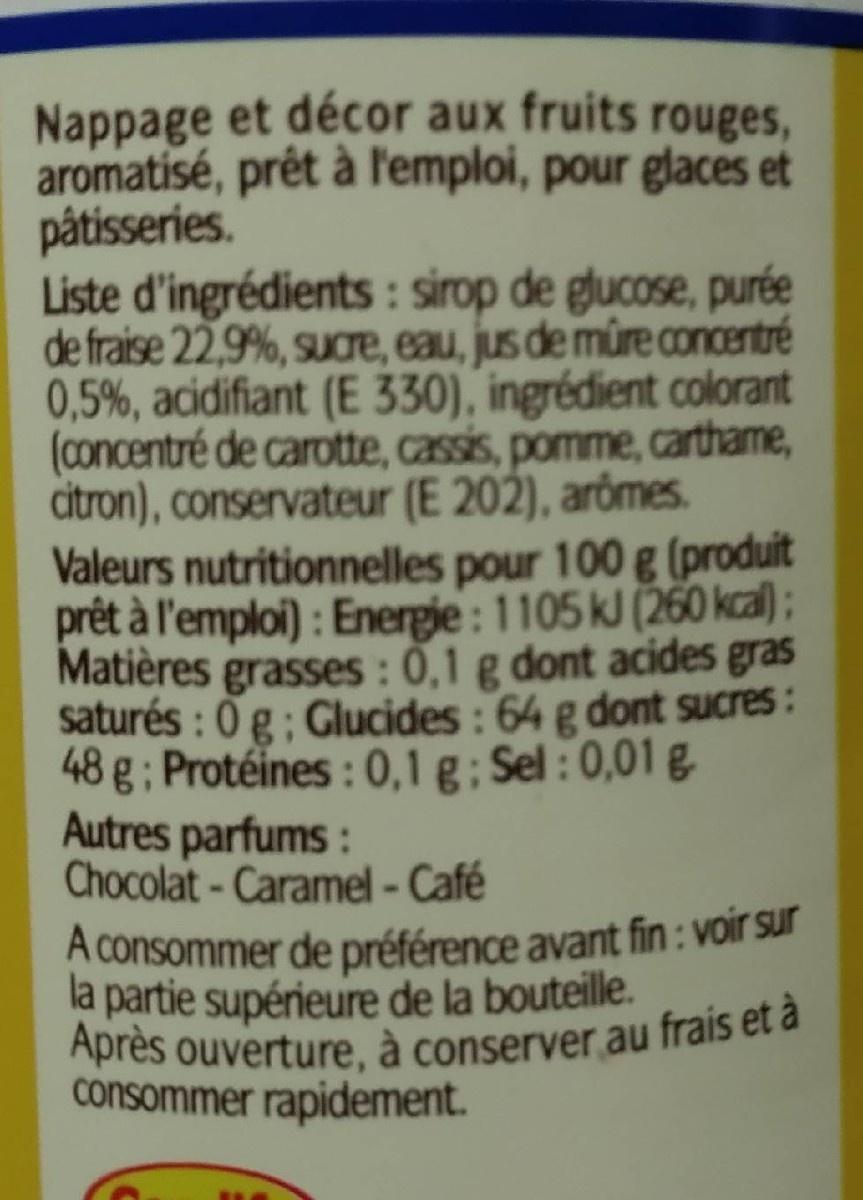
Nappage et décor aux fruits rouges, aromatisé, prêt à lemploi, pour glaces et pâtisseries. Liste d'ingrédients: sirop de glucose, purée de fraise 22,9%, suare, eau, jus de mûre concentré 0,5%, acidifiant (E 330), ingrédient colorant (concentré de carotte, cassis, pomme, carthame, citron), conservateur (E 202), arômes. Valeurs nutritionnelles pour 100 g (produit prêt à l'emploi) : Energie: 1105 kJ (260 kcal) ; Matières grasses : 0,1 g dont acides gras saturés : 0 g: Glucides : 64 g dont sucres: 48 g ; Protéines : 0,1 g ; Sel : 0,01 g. Autres parfums: Chocolat- Caramel - Café A consommer de préférence avant fin : voir sur la partie supérieure de la bouteille. Après ouverture, à conserver au frais et à consommer rapidement.